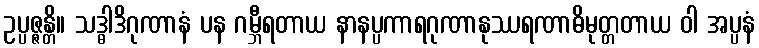
ဥပ္ပဇ္ဇန္တိ။ သဒ္ဓါဒိဂုဏာနံ ပန ဂမ္ဘီရတာယ နာနပ္ပကာရဂုဏာနုဿရဏာဓိမုတ္တတာယ ဝါ အပ္ပနံ